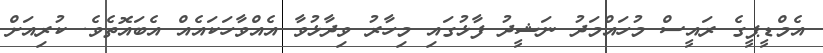
އެމްޑީޕީގެ ރައީސް މުހައްމަދު ނަޝީދު ފާޅުގައި މިހާރު ވިދާޅުވާ އެއްވާހަކައެއް އެބައޮތެވެ. ކުރިއަށް